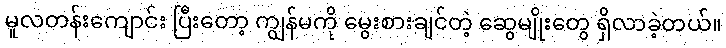
မူလတန်းကျောင်း ပြီးတော့ ကျွန်မကို မွေးစားချင်တဲ့ ဆွေမျိုးတွေ ရှိလာခဲ့တယ်။